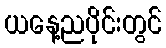
ယနေ့ညပိုင်းတွင်